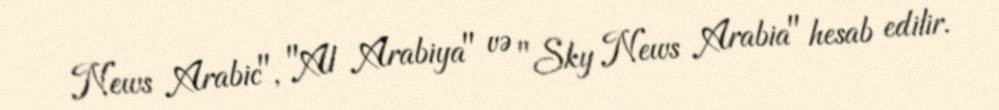
News Arabic", "Al Arabiya" və "Sky News Arabia" hesab edilir.